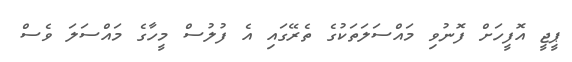
ޕީޖީ އޮފީހަށް ފޮނުވި މައްސަލަތަކުގެ ތެރޭގައި އެ ފުލުސް މީހާގެ މައްސަލަ ވެސް